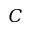
C